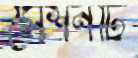
সেশনটি